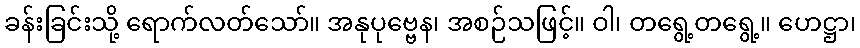
ခန်းခြင်းသို့ ရောက်လတ်သော်။ အနုပုဗ္ဗေန၊ အစဉ်သဖြင့်။ ဝါ၊ တရွေ့တရွေ့။ ဟေဋ္ဌာ၊